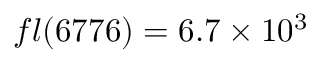
f l ( 6 7 7 6 ) = 6 . 7 \times 1 0 ^ { 3 }